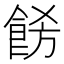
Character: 𩛙